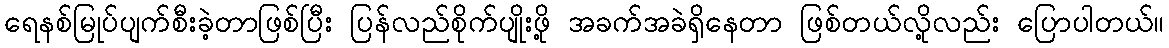
ရေနစ်မြုပ်ပျက်စီးခဲ့တာဖြစ်ပြီး ပြန်လည်စိုက်ပျိုးဖို့ အခက်အခဲရှိနေတာ ဖြစ်တယ်လို့လည်း ပြောပါတယ်။